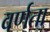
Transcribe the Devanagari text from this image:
वर्णता